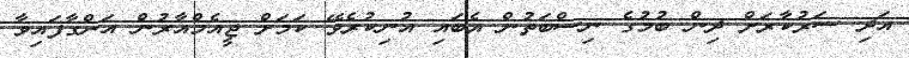
އަދި ސަރުކާރަށް ދިން ބުމުގެ ނިސްބަތުން އެބައި އުނިކުރެވޭ ކަމަށް ޖީއެމްއާރުން އަންގާފައިވާ